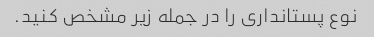
نوع پستانداری را در جمله زیر مشخص کنید.